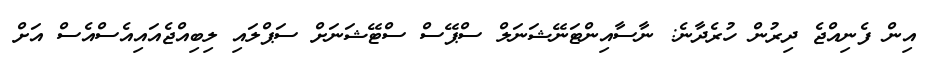
އިން ފެނިއްޖެ ދިރުން ހުރެދާނެ: ނާސާއިންޓަނޭޝަނަލް ސްޕޭސް ސްޓޭޝަނަށް ސަޕްލައި ލިބިއްޖެއައިއެސްއެސް އަށް